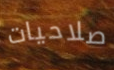
صلاحيات